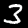
Digit: 3